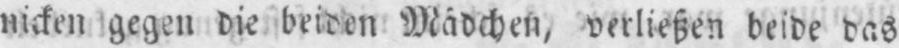
nicken gegen die beiden Mädchen, verließen beide das